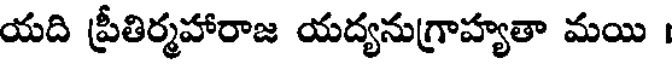
యది ప్రీతిర్మహారాజ యద్యనుగ్రాహ్యతా మయి ।